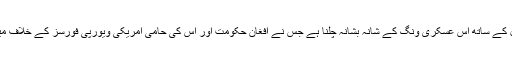
اب ان سب کو ایک مشکل صورحال کے ساتھ اُس عسکری ونگ کے شانہ بشانہ چلنا ہے جس نے افغان حکومت اور اس کی حامی امریکی ویورپی فورسز کے خلاف میدان جنگ میں کامیابیاں سمیٹی ہیں۔